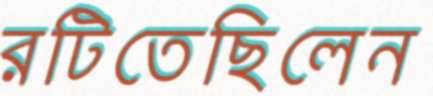
রটিতেছিলেন